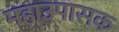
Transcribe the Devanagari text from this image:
महाउपासक